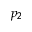
p _ { 2 }